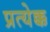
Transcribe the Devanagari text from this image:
प्रत्येक्क